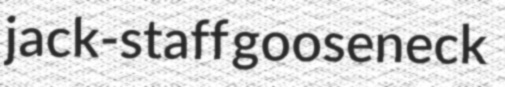
jack-staff gooseneck